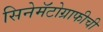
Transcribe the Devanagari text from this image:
सिनेमॅटोग्राफीची